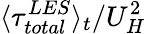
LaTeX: \langle\tau_{total}^{LES}\rangle_{t}/U_{H}^{2}